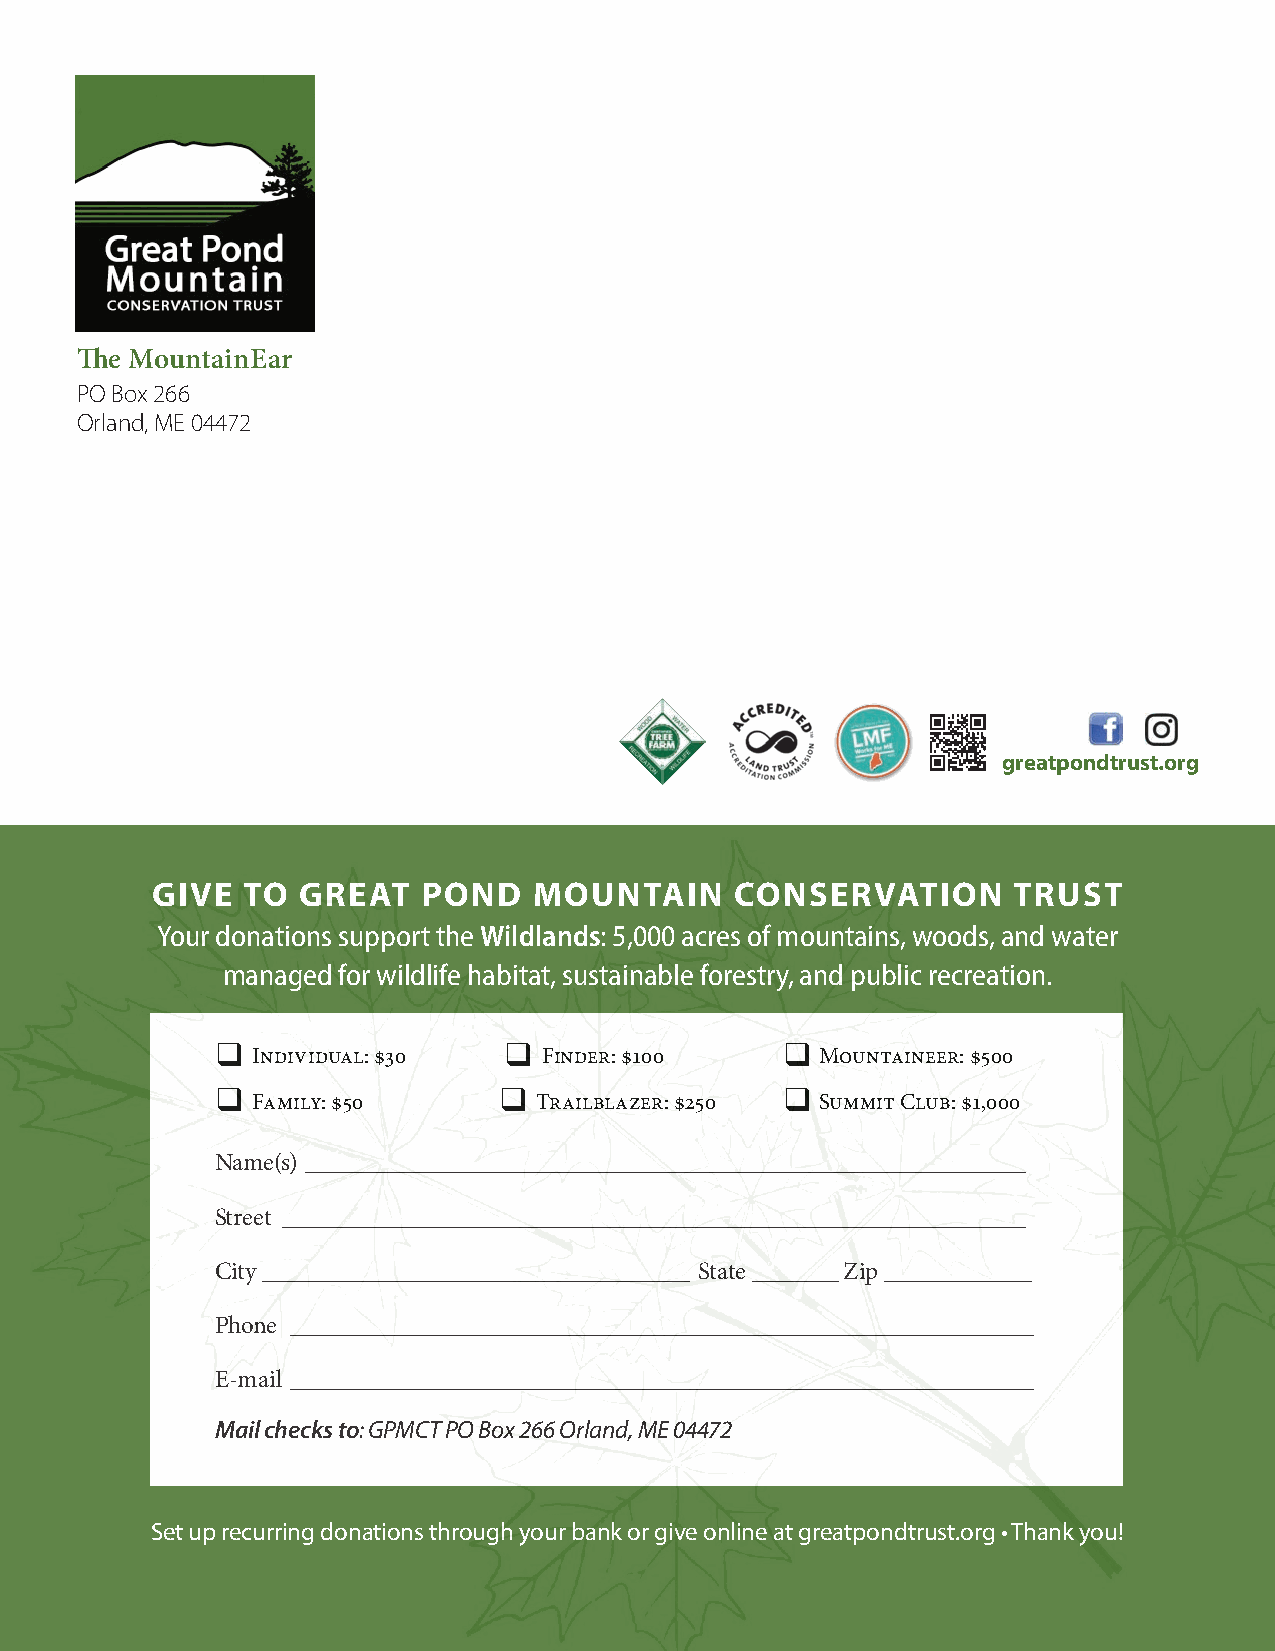
The MountainEar
 PO Box 266
 Orland, ME 04472
 greatpondtrust.org
 GIVE  TO  GREAT   POND   MOUNTAIN      CONSERVATION      TRUST
 Your donations support the Wildlands: 5,000 acres of mountains, woods, and water
 managed for wildlife habitat, sustainable forestry, and public recreation.
 q                  q                  q
 Individual: $30    Finder: $100      Mountaineer: $500
 q                  q                  q
 Family: $50        Trailblazer: $250 Summit Club: $1,000
 Name(s) ________________________________________________________________
 Street __________________________________________________________________
 City ____________________________________ State _______ Zip ____________
 Phone _____________________________________________________________________
 E-mail _____________________________________________________________________
 Mail checks to: GPMCT PO Box 266 Orland, ME 04472
 Set up recurring donations through your bank or give online at greatpondtrust.org • Thank you!